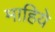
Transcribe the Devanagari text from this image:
माहिये